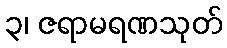
၃၊ ဇရာမရဏသုတ်